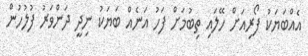
އެއްބަޔަކު ފޯރިއަށް ހޭލައި ތިބުމަށް ފަހު އަނެއް ބަޔަކު ނިދީ ދަންވަރު ފުލުހުން